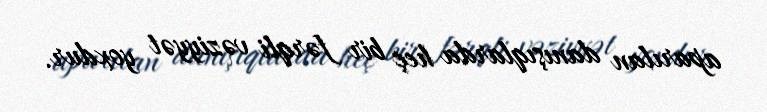
aparılan danışıqlarda heç bir fərqli vəziyyət yoxdur.